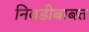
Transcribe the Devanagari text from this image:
निवडीबाबत